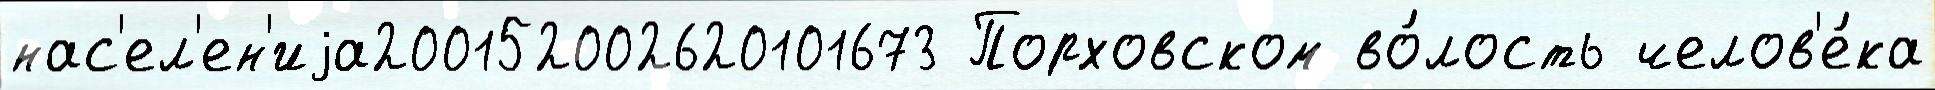
нас'ел'ен'иjа200152002620101673 Порховском во́лость челов'е́ка